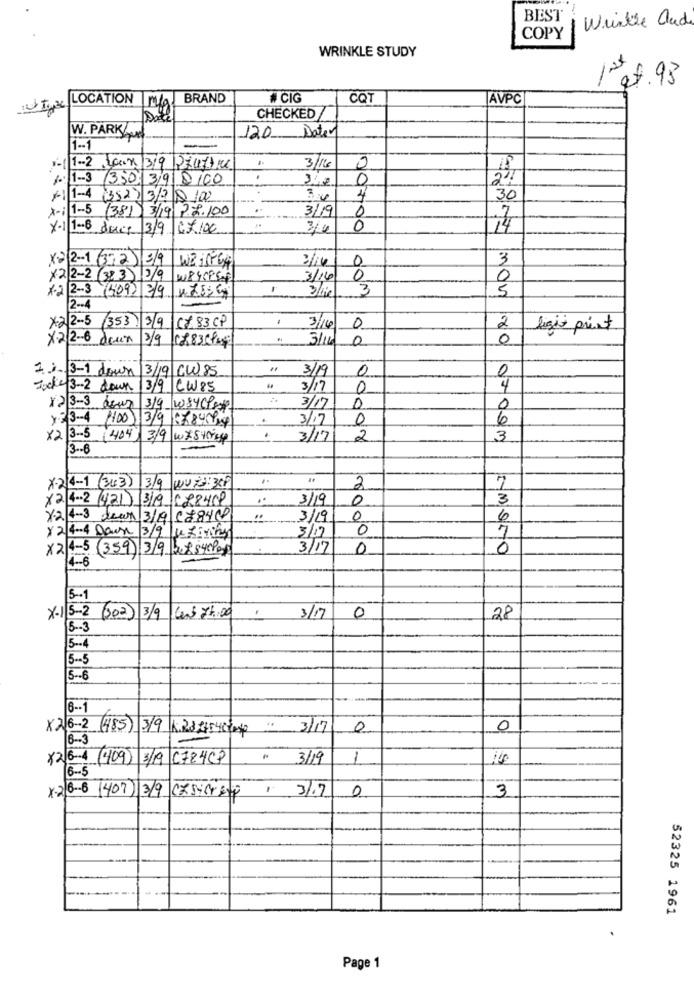
BEST
Wrinkle auch
COPY
WRINKLE STUDY
lat.93
BRAND
# CIG
CQT
AVPC
Twee LOCATION m/g
CHECKED
120 Dater
W. PARK
1 -- 1
1-1 1-2 Jeux 319 Pruffre
3/14
0
: 1-3 350 39 DICO
0
1-1 1-4 (352) 3/2 0 100
4
30
X-i 1-5 (381) 3/19/22.100
3/19
0
7
x-1 1-8 ducp 3/9 6x 100
3/4
0
74
x- 2-1 (32) 3/9
WE 15-64
0
3
X2 2-2 32 3 ) 2/9
WPYCPS.
3/14
0
0
x-2 2-3 (409) 3/9
-
3
5
2 -- 4
X2 2- 5
353 3/9
.
CZ83 CP
3/14
0
2
ligio print
X2/2-6 deux
3/9 |1783 6 4]
: 3/160
0
0
1.1. 3-1 down 3/19/CW.85
" 3/19
0
0
Jocke 3-2 down
13/9 CW85
3/17
0
4
12 3-3 dsur
3/9 W34Clase
3/17
0
>3-4
100) 3/9 5784 84
.
3/17
0
6
X2 3-5 404
3/9 WAS HOTEL
.
3/17
2
3
13 -- 8
X-2 4-1 (343) 3/9 wUZ2: 30P
2
x2 4 .. 2 421) 319 C28409
3/19
0
3
y2 4-3 dear 3/19 5884()
3/19
0
6
3/17
0
7
x 2 4-4 Dawn 3/9|le ziviny
x2 4-5 (359) 3/948545Pas
3/17
0
0
4 -- 6
5-1
X-1 5-2 (302) 3/9 6.5 75,00
3/17
0
28
5 -- 3
5-5
5 -- 6
6 -- 1
X2 6-2 (485) 3/9 1.28 27548 204
3/17/
0
0
16 -- 3
×2 6-1 (409) 3/19 C724CP
3/19
16-5
x.2 6.6 (407) 3/9 Cxsicrety 3/7
3
0
52325 1961
Page 1